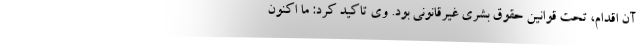
آن اقدام، تحت قوانین حقوق بشری غیرقانونی بود. وی تاکید کرد: ما اکنون